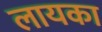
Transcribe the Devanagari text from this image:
लायका